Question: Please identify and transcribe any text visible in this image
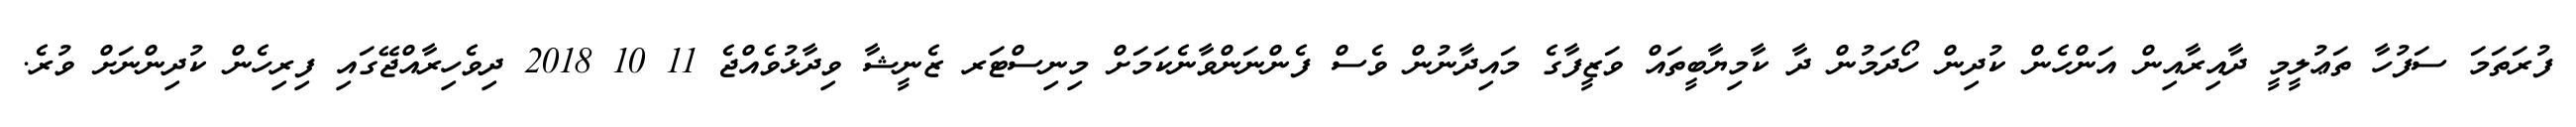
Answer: ފުރަތަމަ ސަފުހާ ތަޢުލީމީ ދާއިރާއިން އަންހެން ކުދިން ހޯދަމުން ދާ ކާމިޔާބީތައް ވަޒީފާގެ މައިދާނުން ވެސް ފެންނަންވާނެކަމަށް މިނިސްޓަރ ޒެނީޝާ ވިދާޅުވެއްޖެ 11 10 2018 ދިވެހިރާއްޖޭގައި ފިރިހެން ކުދިންނަށް ވުރެ.